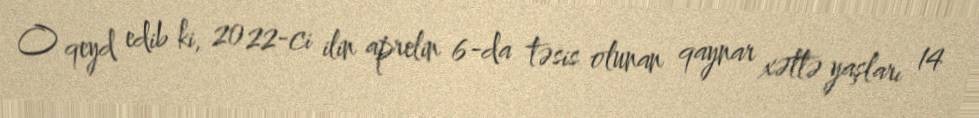
O qeyd edib ki, 2022-ci ilin aprelin 6-da təsis olunan qaynar xəttə yaşları 14